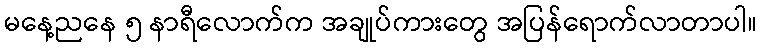
မနေ့ညနေ ၅ နာရီလောက်က အချုပ်ကားတွေ အပြန်ရောက်လာတာပါ။